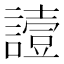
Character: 𧬇